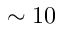
\sim 1 0